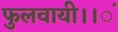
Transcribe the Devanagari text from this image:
फुलवायी।।ं